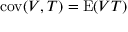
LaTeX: \operatorname { c o v } ( V , T ) = \operatorname { E } ( V T )